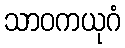
သာဝကယုဂံ